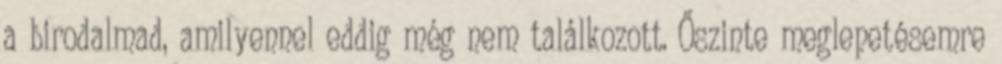
a birodalmad, amilyennel eddig még nem találkozott. Őszinte meglepetésemre